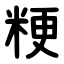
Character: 粳